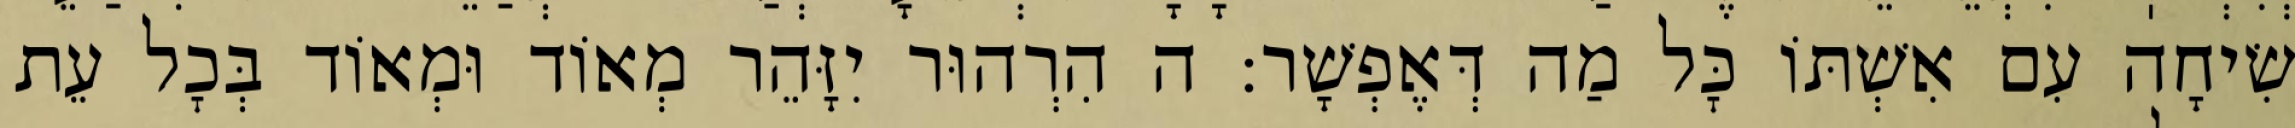
שִׂיחָה עִם אִשְׁתּוֹ כׇּל מַה דְּאֶפְשָׁר: ה הִרְהוּר יִזָּהֵר מְאוֹד וּמְאוֹד בְּכׇל עֵת